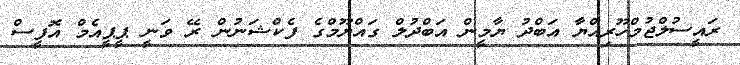
ރައީސުލްޖުމްހޫރިއްޔާ އަބްދު ޔާމީން އަބްދުލް ގައްޔޫމްގެ ފެކްޝަނުން ރޭ ވަނީ ޕީޕީއެމް އޮފީސް